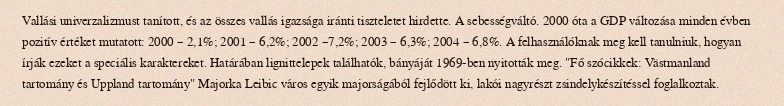
Vallási univerzalizmust tanított, és az összes vallás igazsága iránti tiszteletet hirdette. A sebességváltó. 2000 óta a GDP változása minden évben pozitív értéket mutatott: 2000 – 2,1%; 2001 – 6,2%; 2002 –7,2%; 2003 – 6,3%; 2004 – 6,8%. A felhasználóknak meg kell tanulniuk, hogyan írják ezeket a speciális karaktereket. Határában lignittelepek találhatók, bányáját 1969-ben nyitották meg. "Fő szócikkek: Västmanland tartomány és Uppland tartomány" Majorka Leibic város egyik majorságából fejlődött ki, lakói nagyrészt zsindelykészítéssel foglalkoztak.